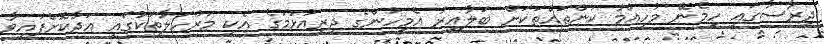
ދިރާސާގައި ހިމެނޭ މުހިއްމު ކަންތައްތަކަށް ބަލާއިރު އެމީހުންގެ ދިރިއުޅުމުގެ އެކި މަރުހަލާތަކުގައި އަދާކޮށްފައިވާ